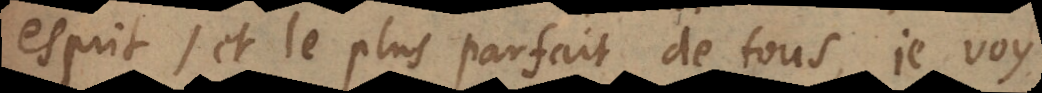
esprit, et le plus parfait de tous, je voy